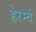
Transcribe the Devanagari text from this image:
हेरम्बं